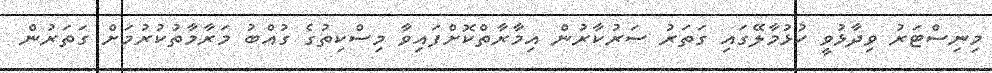
މިނިސްޓަރު ވިދާޅުވީ ހުޅުމާލޭގައި ގަތަރު ސަރުކާރުން އިމާރާތްކޮށްފައިވާ މިސްކިތުގެ ގުއްބު މަރާމާތުކުރުމަށް ގަތަރުން